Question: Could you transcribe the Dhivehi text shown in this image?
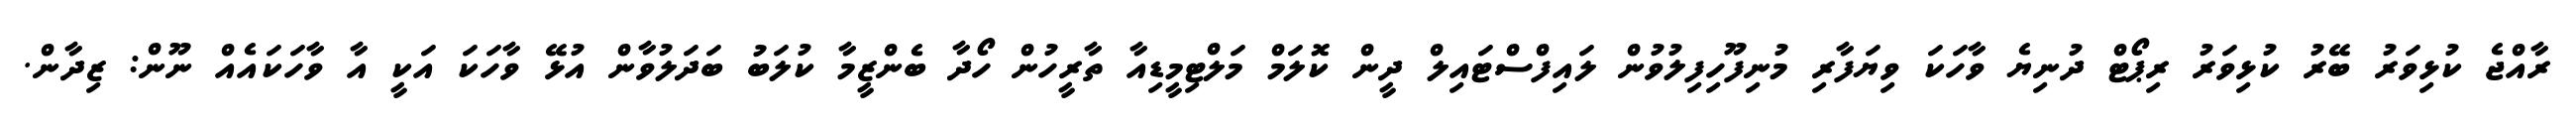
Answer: ރާއްޖެ ކުޅިވަރު ބޭރު ކުޅިވަރު ރިޕޯޓް ދުނިޔެ ވާހަކަ ވިޔަފާރި މުނިފޫހިފިލުވުން ލައިފްސްޓައިލް ދީން ކޮލަމް މަލްޓިމީޑިއާ ތާރީހުން ހޯދާ ބެންޒީމާ ކުލަބު ބަދަލުވާން އުޅޭ ވާހަކަ އަކީ އާ ވާހަކައެއް ނޫން: ޒިދާން.